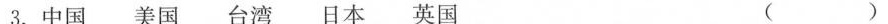
3.中国 美国 台湾 日本 英国 ( )